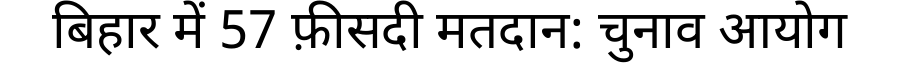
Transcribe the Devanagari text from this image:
बिहार में 57 फ़ीसदी मतदान: चुनाव आयोग